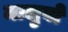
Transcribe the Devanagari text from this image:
मालुवो